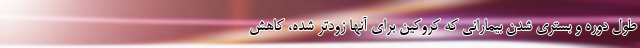
طول دوره و بستری شدن بیمارانی که کروکین برای آنها زودتر شده، کاهش